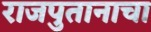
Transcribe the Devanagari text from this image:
राजपुतानाचा